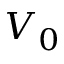
V _ { 0 }